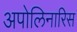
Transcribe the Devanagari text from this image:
अपोलिनारिस